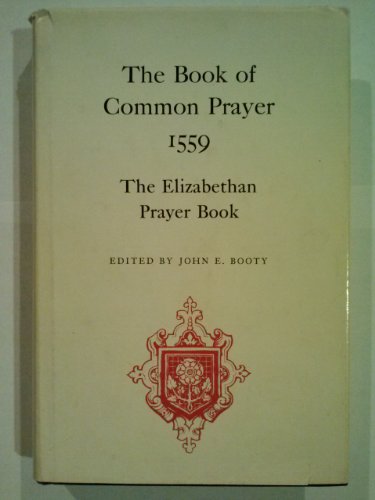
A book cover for The Book of common prayer, 1559: The Elizabethan prayer book ([Folger documents of Tudor and Stuart civilization); Church of England; Christian Books & Bibles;